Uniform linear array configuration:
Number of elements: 32
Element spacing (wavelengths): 0.5
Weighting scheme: blackman
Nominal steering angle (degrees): -30
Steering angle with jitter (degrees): -28.831
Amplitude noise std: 0.05
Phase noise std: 0.05

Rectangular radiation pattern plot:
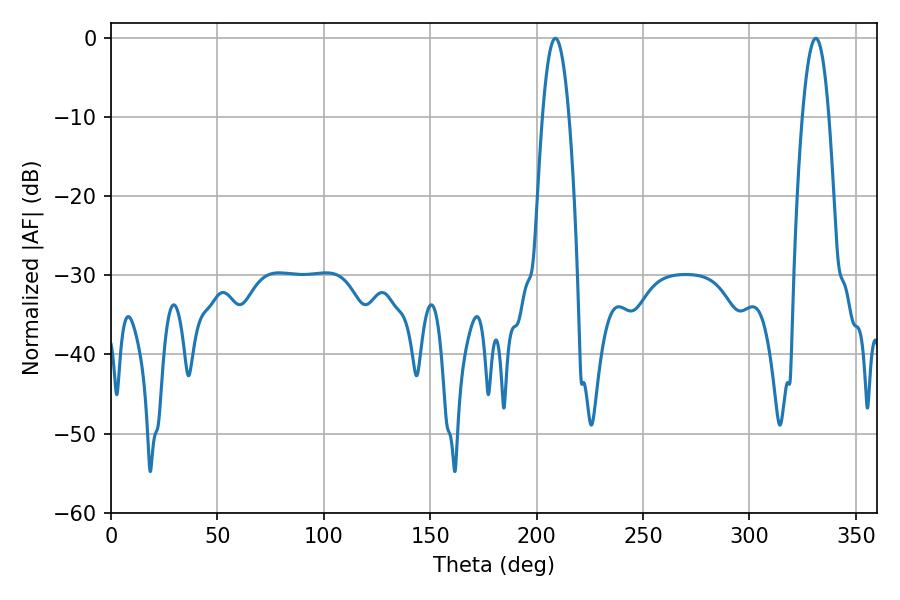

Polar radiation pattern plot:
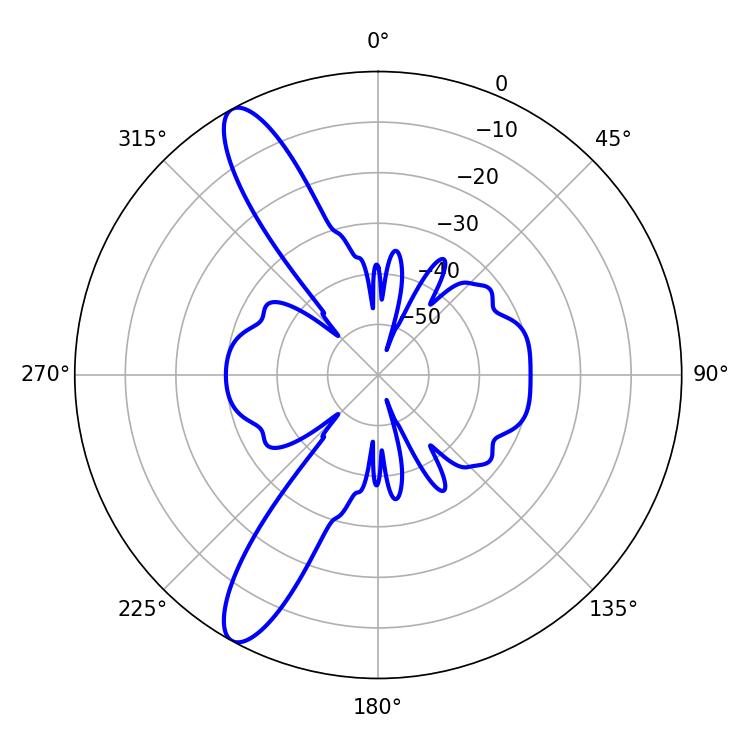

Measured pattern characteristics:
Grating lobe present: FALSE
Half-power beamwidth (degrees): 6.84
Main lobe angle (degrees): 208.8